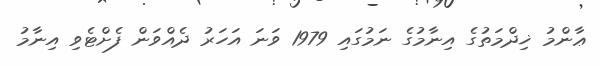
ޢާންމު ޚިދްމަތުގެ އިނާމުގެ ނަމުގައި 1979 ވަނަ އަހަރު ދެއްވަން ފެށްޓެވި އިނާމު